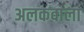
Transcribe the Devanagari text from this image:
अलकवाला